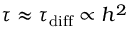
\tau \approx \tau _ { \mathrm { d i f f } } \propto h ^ { 2 }